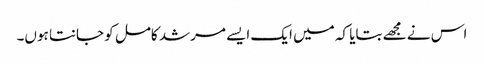
اس نے مجھے بتایا کہ میں ایک ایسے مرشد کامل کو جانتا ہوں۔